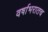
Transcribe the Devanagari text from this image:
वर्षाभरातच